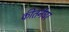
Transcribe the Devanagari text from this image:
कीतर्नघर